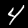
Digit: 4